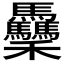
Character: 𥤡